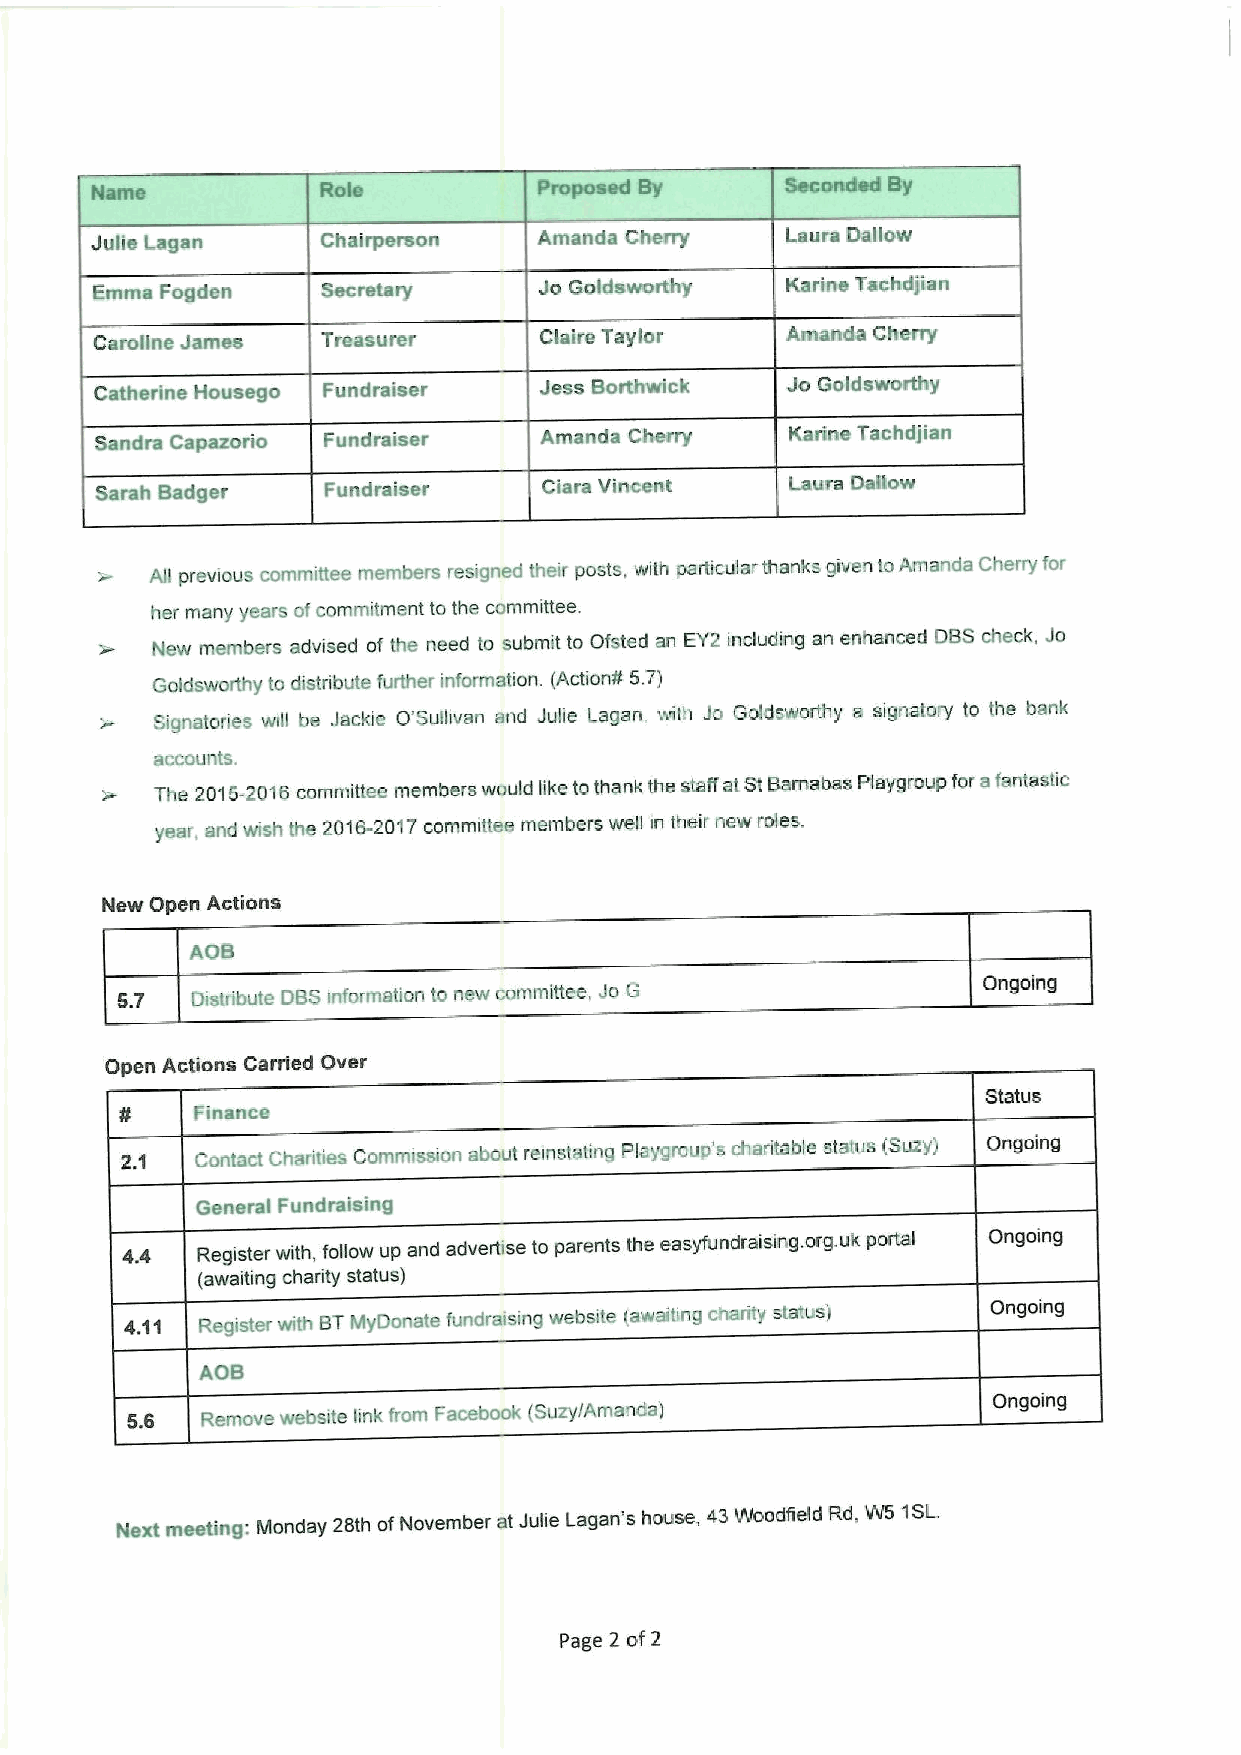
Name           Role           Proposed By     Seconded By
 Julie Lagan    Chairperson    Amanda Cherry   Laura Dallow
 Emma Fogden    Secretary      Jo Goldsworthy  Karine Tachdjian
 Caroline James Treasurer      Claire Taylor   Arnanda Cheny
 Catherine Housego Fundraiser  Jess Borthwick  Jo Goldsworthy
 Sandra Capazorro Fundraiser   Arnands Cherry  Karine Tachdjian
 Sarah Badger    Fundraiser    Ciara Vincent   Laura Daitow
 All previous committee members resigned their posts, with particular thanks given toAmanda Cherry for
 her many years ofcommitment to the committee.
 v  New members advised of the need to submit to Ofsted an EY2 including an enhanced DBScheck, Jo
 Goldsworthy to distribute further information. (Actionff 5.7)
 Signatones will be Jackie O'Sullivan and Juke Lagan. with Jo Goldsworthy a signatory to the bank
 accounts.
 The 2015-2018committee members would like tothank the staff at StBarnabas Playgroup for afantastic
 year, and wish the 2018-2017committee members well in their new roles.
 New Open Actions
 AOB
 5.7  Distribute DBSinformation to new committee, JoG     Ongoing
 Open Actions Gamed Over
 Status
 Finance
 2.1  Contact Charities Commission about remstating Playgroup's charitable status (Suzy) Ongoing
 General Fundraising
 44   Register with, follow up and advertise to parents the easyfundraising. org.uk portal Ongoing
 (awaiting chadity status)
 4.11 Reqister with BTMyDonate fundra(sing website (awaiting charity status) Ongoing
 AOB
 Ongoing
 5.6  Remove website link from Facebook (Suzy/Amands)
 Next meeting: Monday 28th ofNovember at Juke Lagan's house, 43Woodfield Rd, W5 1SL
 Page 2 of2